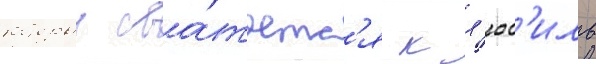
которыи сва́таетс'я к л'юс'иль